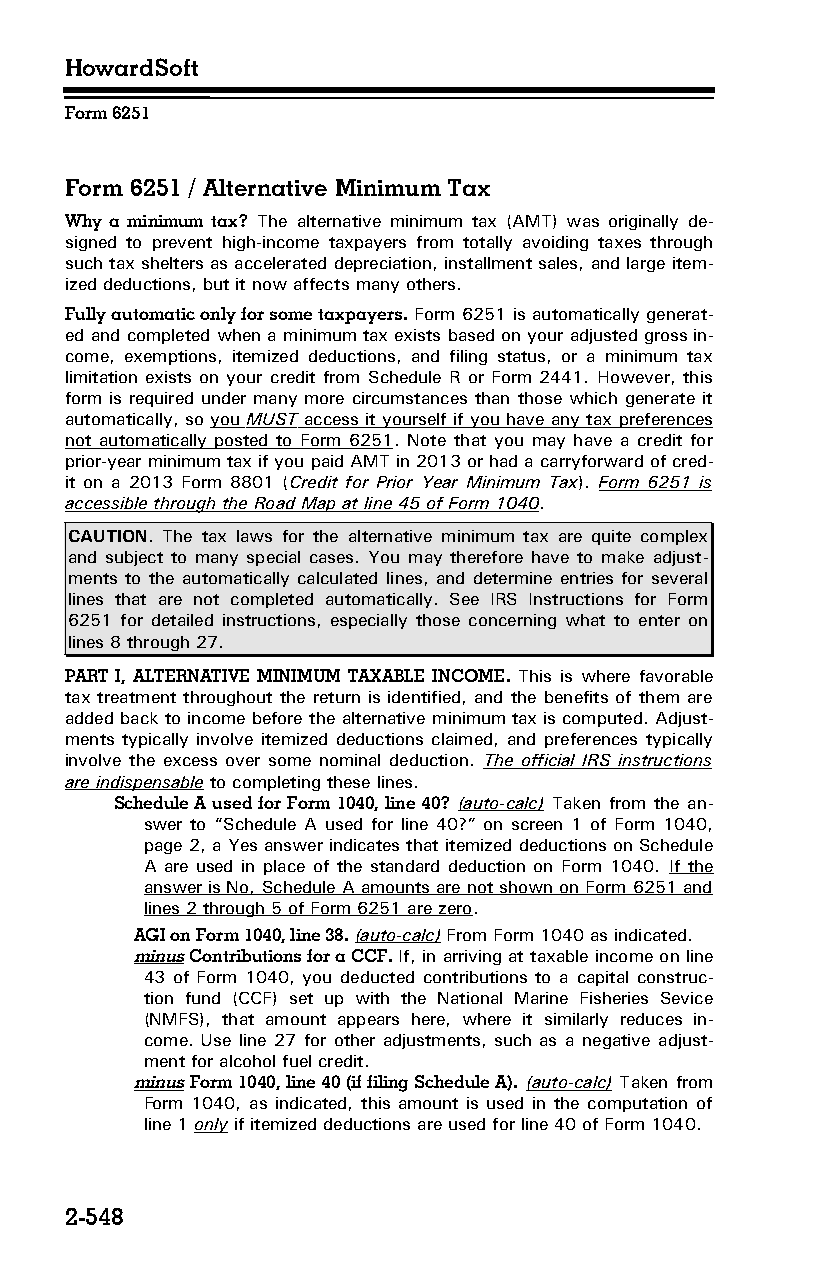
HowardSoft
 Form 6251
 Form 6251 / Alternative Minimum Tax
 Why a minimum tax? The alternative minimum tax (AMT) was originally de­
 signed to prevent high-income taxpayers from totally avoiding taxes through
 such tax shelters as accelerated depreciation, installment sales, and large item­
 ized deductions, but it now affects many others.
 Fully automatic only for some taxpayers. Form 6251 is automatically generat­
 ed and completed when a minimum tax exists based on your adjusted gross in­
 come, exemptions, itemized deductions, and filing status, or a minimum tax
 limitation exists on your credit from Schedule R or Form 2441. However, this
 form is required under many more circumstances than those which generate it
 automatically, so you MUST access it yourself if you have any tax preferences
 not automatically posted to Form 6251. Note that you may have a credit for
 prior-year minimum tax if you paid AMT in 2013 or had a carryforward of cred­
 it on a 2013 Form 8801 (Credit for Prior Year Minimum Tax). Form 6251 is
 accessible through the Road Map at line 45 of Form 1040.
 CAUTION. The tax laws for the alternative minimum tax are quite complex
 and subject to many special cases. You may therefore have to make adjust­
 ments to the automatically calculated lines, and determine entries for several
 lines that are not completed automatically. See IRS Instructions for Form
 6251 for detailed instructions, especially those concerning what to enter on
 lines 8 through 27.
 PART I, ALTERNATIVE MINIMUM TAXABLE INCOME. This is where favorable
 tax treatment throughout the return is identified, and the benefits of them are
 added back to income before the alternative minimum tax is computed. Adjust­
 ments typically involve itemized deductions claimed, and preferences typically
 involve the excess over some nominal deduction. The official IRS instructions
 are indispensable to completing these lines.
 Schedule A used for Form 1040, line 40? (auto-calc) Taken from the an­
 swer to “Schedule A used for line 40?” on screen 1 of Form 1040,
 page 2, a Yes answer indicates that itemized deductions on Schedule
 A are used in place of the standard deduction on Form 1040. If the
 answer is No, Schedule A amounts are not shown on Form 6251 and
 lines 2 through 5 of Form 6251 are zero.
 AGI on Form 1040, line 38. (auto-calc) From Form 1040 as indicated.
 minus Contributions for a CCF. If, in arriving at taxable income on line
 43 of Form 1040, you deducted contributions to a capital construc­
 tion fund (CCF) set up with the National Marine Fisheries Sevice
 (NMFS), that amount appears here, where it similarly reduces in­
 come. Use line 27 for other adjustments, such as a negative adjust­
 ment for alcohol fuel credit.
 minus Form 1040, line 40 (if filing Schedule A). (auto-calc) Taken from
 Form 1040, as indicated, this amount is used in the computation of
 line 1 only if itemized deductions are used for line 40 of Form 1040.
 2-548